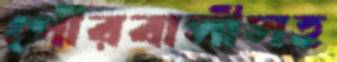
পৌরবাসীসহ